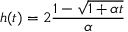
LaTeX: h ( t ) = 2 { \frac { 1 - \sqrt { 1 + \alpha t } } { \alpha } }